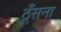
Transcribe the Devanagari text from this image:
ठूँसना